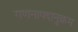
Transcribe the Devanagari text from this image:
गणनापदानुक्रम